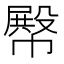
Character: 𢅝